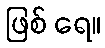
ဖြစ် ရေ။